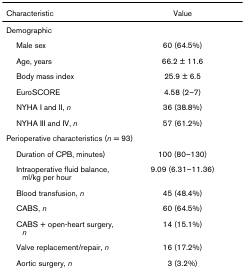
| Characteristic | Value |
 | --- | --- |
 | <COLSPAN=2> Demographic |
 | Male sex | 60 (64.5%) |
 | Age, years | 66.2 ± 11.6 |
 | Body mass index | 25.9 ± 6.5 |
 | EuroSCORE | 4.58 (2–7) |
 | NYHA I and II, n | 36 (38.8%) |
 | NYHA III and IV, n | 57 (61.2%) |
 | <COLSPAN=2> Perioperative characteristics (n = 93) |
 | Duration of CPB, minutes) | 100 (80–130) |
 | Intraoperative fluid balance, ml/kg per hour | 9.09 (6.31–11.36) |
 | Blood transfusion, n | 45 (48.4%) |
 | CABS, n | 60 (64.5%) |
 | CABS + open-heart surgery, n | 14 (15.1%) |
 | Valve replacement/repair, n | 16 (17.2%) |
 | Aortic surgery, n | 3 (3.2%) |